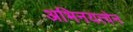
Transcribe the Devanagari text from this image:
अभिनयत्वेन